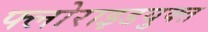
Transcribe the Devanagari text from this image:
फ्लोराइडयुक्त